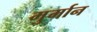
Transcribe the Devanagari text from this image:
मुर्मान